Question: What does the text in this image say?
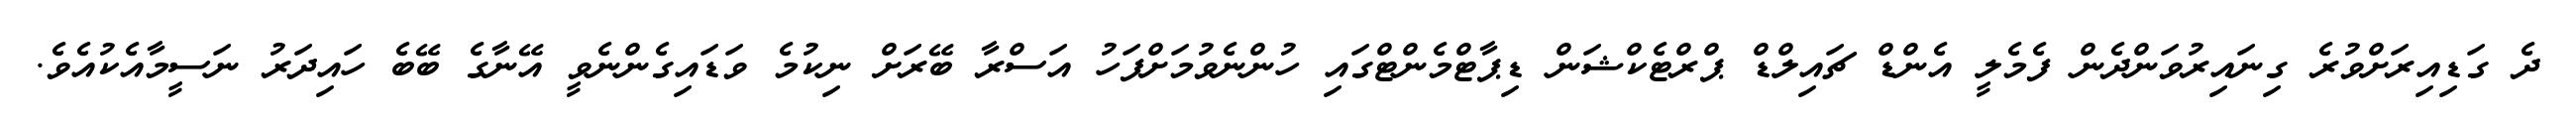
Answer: ދެ ގަޑިއިރަށްވުރެ ގިނައިރުވަންދެން ފެމެލީ އެންޑް ޗައިލްޑް ޕްރްޓެކްޝަން ޑިޕާޓްމެންޓްގައި ހުންނެވުމަށްފަހު އަސްރާ ބޭރަށް ނިކުމެ ވަޑައިގެންނެވީ އޭނާގެ ބޭބެ ހައިދަރު ނަސީމާއެކުއެވެ.